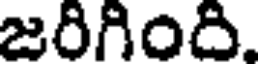
జరిగింది.